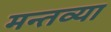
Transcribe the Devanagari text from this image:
मन्तव्या